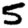
Digit: 5